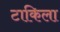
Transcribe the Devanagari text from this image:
टाकिला